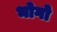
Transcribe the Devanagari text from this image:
भोगो